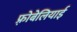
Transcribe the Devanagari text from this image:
फ़्रोबेलियाई